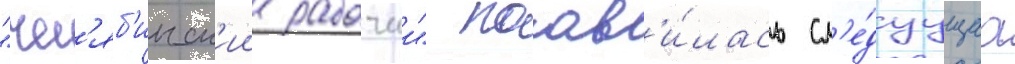
"чел'яб'инск'ии рабочии" поав'и́лась сл'е́дуущаа